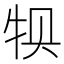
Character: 𰠱